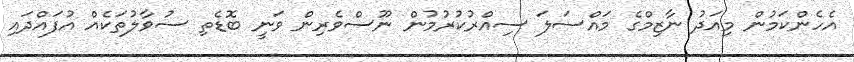
އެހެންކަމުން މިއަދު ނާޒިމްގެ މައްސަލަ ސިއްރުކުރުމުން ނޫސްވެރިން ވަނީ ބޮޑެތި ސުވާލުތަކެއް އުފައްދައި